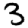
Digit: 3